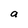
Character: a